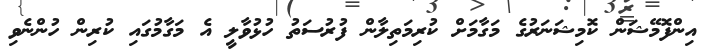
އިންފޮމޭޝަން ކޮމިޝަނަރުގެ މަގާމަށް ކުރިމަތިލާން ފުރުސަތު ހުޅުވާލީ އެ މަގާމުގައި ކުރިން ހުންނެވި